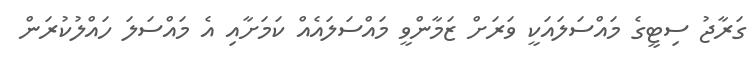
ގަރާޖު ސިޓީގެ މައްސަލައަކީ ވަރަށް ޒަމާންވީ މައްސަލައެއް ކަމަށާއި އެ މައްސަލަ ހައްލުކުރަން